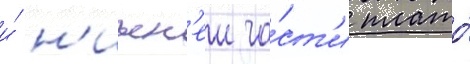
и́ н'ижн'еи ча́ст'и плато́